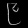
Digit: ၉